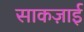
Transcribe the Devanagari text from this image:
साकज़ाई